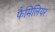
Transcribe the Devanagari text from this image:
फैमिलियर